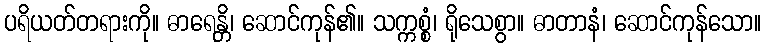
ပရိယတ်တရားကို။ ဓာရေန္တိ၊ ဆောင်ကုန်၏။ သက္ကစ္စံ၊ ရိုသေစွာ။ ဓာတာနံ၊ ဆောင်ကုန်သော။